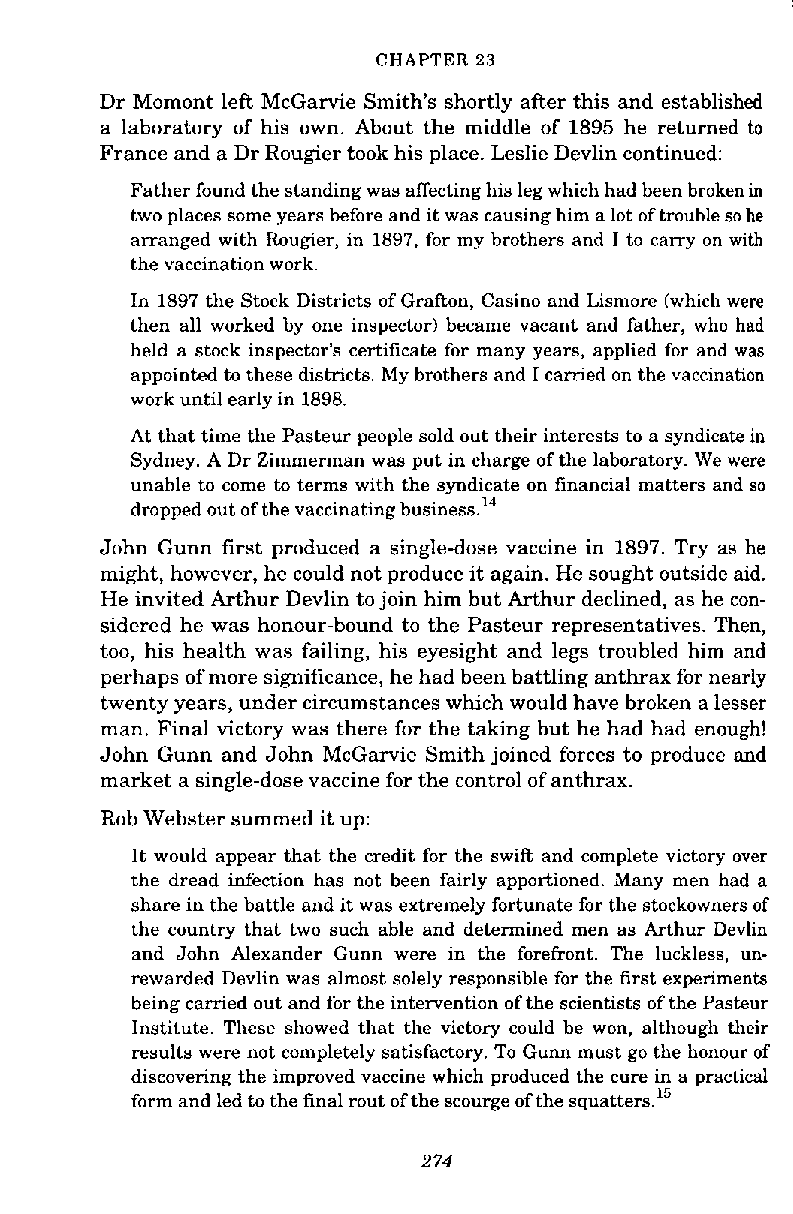
CHAPTER 23
 Dr Momont leR McGanie Smith's shortly after this and established
 a laboratory of his own. About the middle of 1895 he returned to
 France and a Dr Rougier took his place. Leslie Devlin continued:
 Father found the standing was affecting his leg which had been brokenin
 two places some years before and it was causing him a lot of trouble so he
 arranged with Rougier, in 1897, for my brothers and I to carry on with
 the vaccination work.
 In 1897 the Stock Districts of Grafton, Casino and Lismore (which were
 then all worked by one inspector) became vacant and father, who had
 held a stock inspector's certificate for many years, applied for and was
 appointed to these districts. My brothers and I camed on the vaccination
 work until early in 1898.
 At that time the Pasteur people sold out their interests to a syndicate in
 Sydney. A Dr Zimmerman was put in charge of the laboratory. We were
 unable to come to terms with the syndicate on financial matters and so
 dropped out of the vaccinating business.14
 John Gunn first produced a single-dose vaccine in 1897. Try as he
 might, however, he could not produce it again. He sought outside aid.
 He invited Arthur Devlin to join him but Arthur declined, as he con-
 sidered he was honour-bound to the Pasteur representatives. Then,
 too, his health was failing, his eyesight and legs troubled him and
 perhaps of more significance, he had been battling anthrax for nearly
 twenty years, under circumstances which would have broken a lesser
 man. Final victory was there for the taking but he had had enough!
 John Gunn and John McGamie Smith joined forces to produce and
 market a single-dose vaccine for the control of anthrax.
 Rob Webster summed it up:
 It would appear that the credit for the swift and complete victory over
 the dread infection has not been fairly apportioned. Many men had a
 share in the battle and it was extremely fortunate for the stockowners of
 the country that two such able and determined men as Arthur Devlin
 and John Alexander Gunn were in the forefront. The luckless, un-
 rewarded Devlin was almost solely responsible for the first experiments
 being carried out and for the intervention of the scientists of the Pasteur
 Institute. These showed that the victory could be won, although their
 results were not completely satisfactory. To Gunn must go the honour of
 discovering the improved vaccine which produced the cure in a practical
 form and led to the final rout of the scourge of the ~quatters.'~